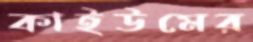
কাইউমের